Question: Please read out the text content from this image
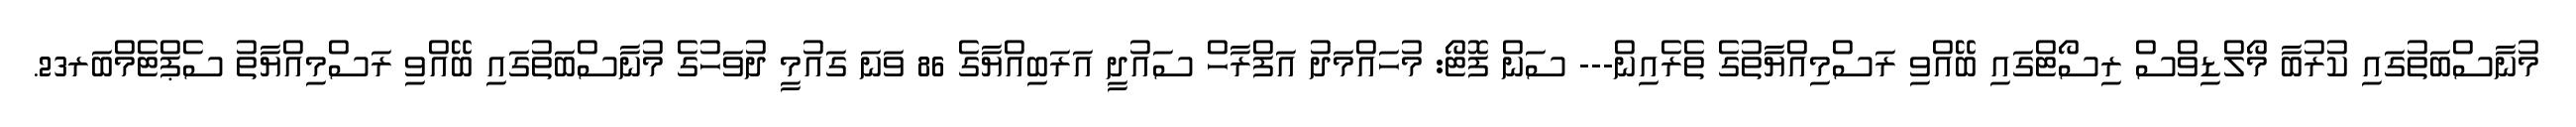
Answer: މުނާސްބަތުގައި ކުރުބާ މޯލްޑިވްސް ރިސޯޓްގައި ބޭއްވި ރަސްމިއްޔާތުގެ ތެރެއިން--- ސަން ފޮޓޯ: މުހައްމަދު އަފްރާހް ސައުދީ އަރަބިއްޔާގެ 86 ވަނަ ގައުމީ ދުވަހުގެ މުނާސްބަތުގައި ބޭއްވި ރަސްމިއްޔާތު ސެޕްޓެމްބަރ23.